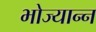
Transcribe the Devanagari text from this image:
भोज्यान्न